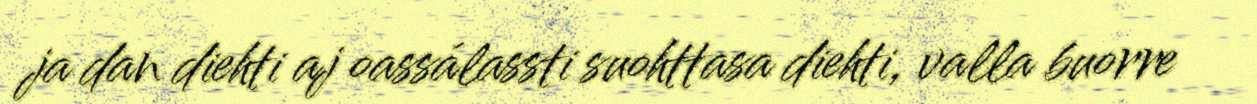
ja dan diehti aj oassálassti suohttasa diehti, valla buorre